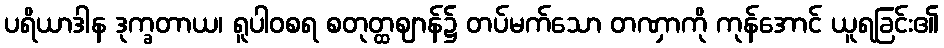
ပရိယာဒါန ဒုက္ခတာယ၊ ရူပါဝစရ စတုတ္ထဈာန်၌ တပ်မက်သော တဏှာကို ကုန်အောင် ယူရခြင်း၏